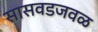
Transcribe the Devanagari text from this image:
सासवडजवळ